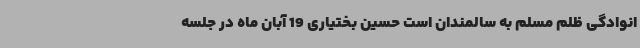
انوادگی ظلم مسلم به سالمندان است حسین بختیاری 19 آبان ماه در جلسه